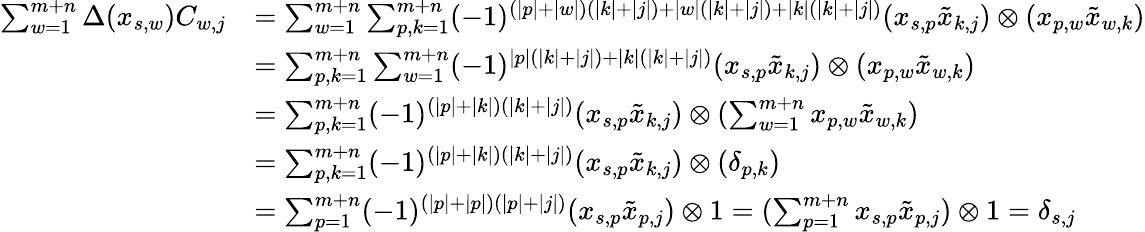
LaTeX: \begin{array}{rl}{\sum_{w=1}^{m+n}\Delta(x_{s,w})C_{w,j}}&{=\sum_{w=1}^{m+n}\sum_{p,k=1}^{m+n}(-1)^{(|p|+|w|)(|k|+|j|)+|w|(|k|+|j|)+|k|(|k|+|j|)}(x_{s,p}\tilde{x}_{k,j})\otimes(x_{p,w}\tilde{x}_{w,k})}\\ &{=\sum_{p,k=1}^{m+n}\sum_{w=1}^{m+n}(-1)^{|p|(|k|+|j|)+|k|(|k|+|j|)}(x_{s,p}\tilde{x}_{k,j})\otimes(x_{p,w}\tilde{x}_{w,k})}\\ &{=\sum_{p,k=1}^{m+n}(-1)^{(|p|+|k|)(|k|+|j|)}(x_{s,p}\tilde{x}_{k,j})\otimes(\sum_{w=1}^{m+n}x_{p,w}\tilde{x}_{w,k})}\\ &{=\sum_{p,k=1}^{m+n}(-1)^{(|p|+|k|)(|k|+|j|)}(x_{s,p}\tilde{x}_{k,j})\otimes(\delta_{p,k})}\\ &{=\sum_{p=1}^{m+n}(-1)^{(|p|+|p|)(|p|+|j|)}(x_{s,p}\tilde{x}_{p,j})\otimes 1=(\sum_{p=1}^{m+n}x_{s,p}\tilde{x}_{p,j})\otimes 1=\delta_{s,j}}\end{array}